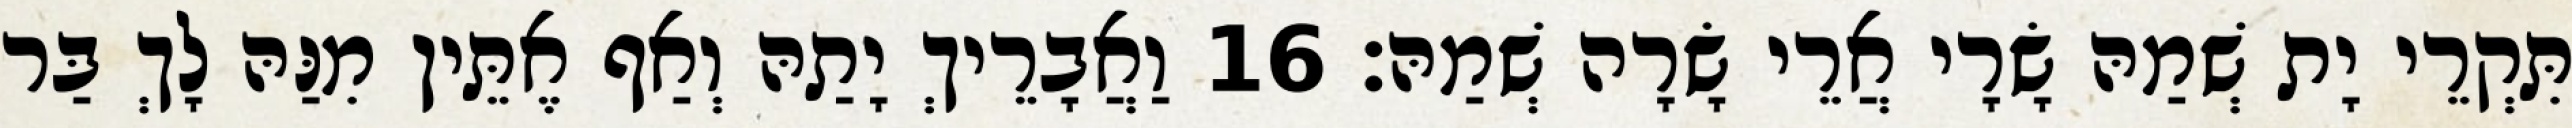
תִּקְרֵי יָת שְׁמַהּ שָׂרָי אֲרֵי שָׂרָה שְׁמַהּ׃ 16 וַאֲבָרֵיךְ יָתַהּ וְאַף אֶתֵּין מִנַּהּ לָךְ בַּר